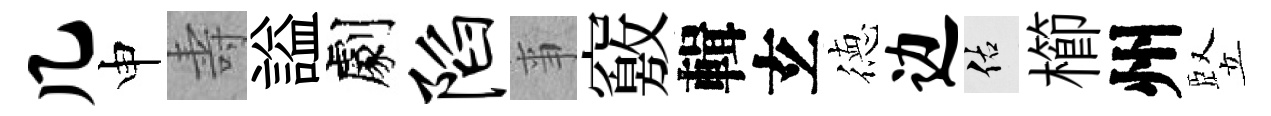
几申壽謚劇陷亊竅輯𤣥徳边佑櫛州竪